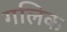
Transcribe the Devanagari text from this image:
गलिक